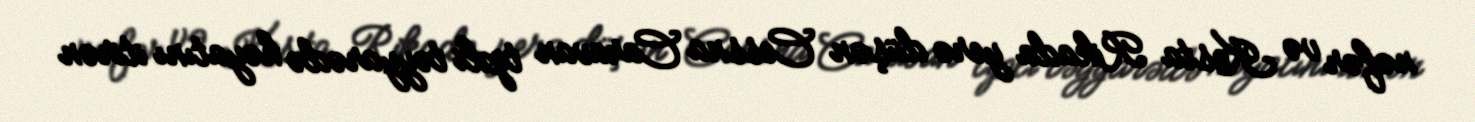
nəfər və Kosta Rikada yerə düşən Cessna Caravan tipli təyyarədə həyatını itirən